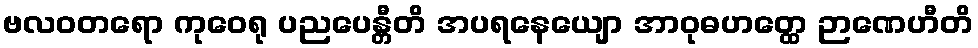
ဗလဝတရော ကုဝေရု ပညပေန္တီတိ အပရနေယျော အာဝုဓဟတ္ထေ ဉာဏေဟီတိ